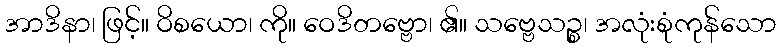
အာဒိနာ၊ ဖြင့်။ ဝိစယော၊ ကို။ ဝေဒိတဗ္ဗော၊ ၏။ သဗ္ဗေသဉ္စ၊ အလုံးစုံကုန်သော